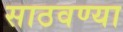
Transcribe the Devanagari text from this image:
साठवण्या